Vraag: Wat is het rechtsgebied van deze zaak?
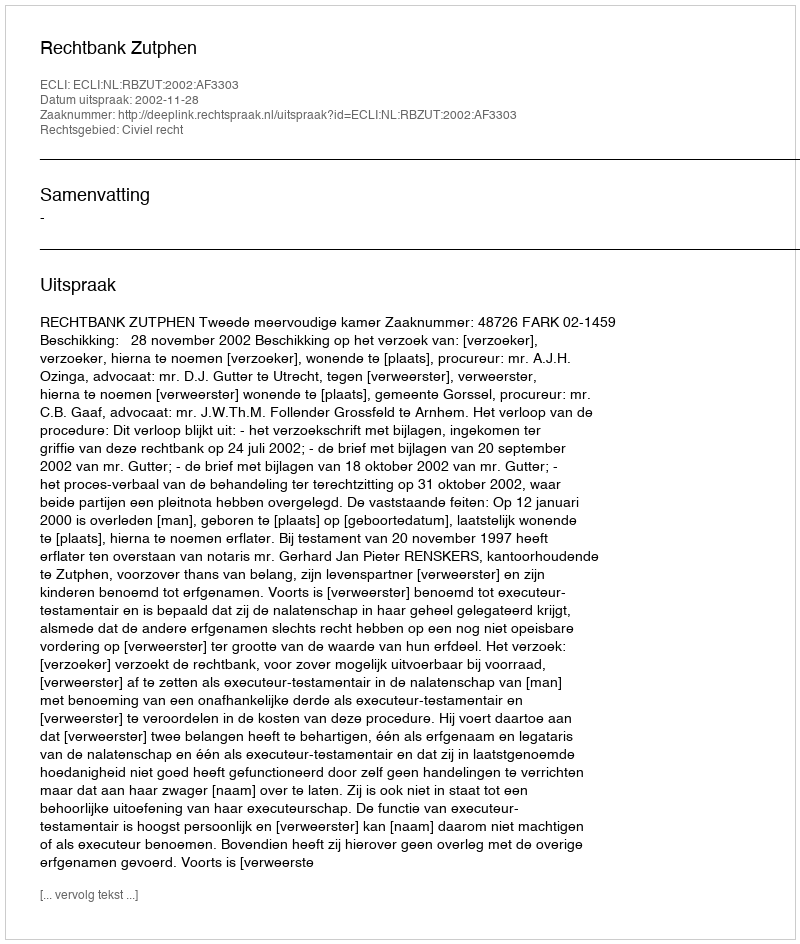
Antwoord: Civiel recht